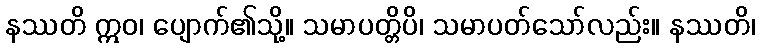
နဿတိ ဣဝ၊ ပျောက်၏သို့။ သမာပတ္တိပိ၊ သမာပတ်သော်လည်း။ နဿတိ၊